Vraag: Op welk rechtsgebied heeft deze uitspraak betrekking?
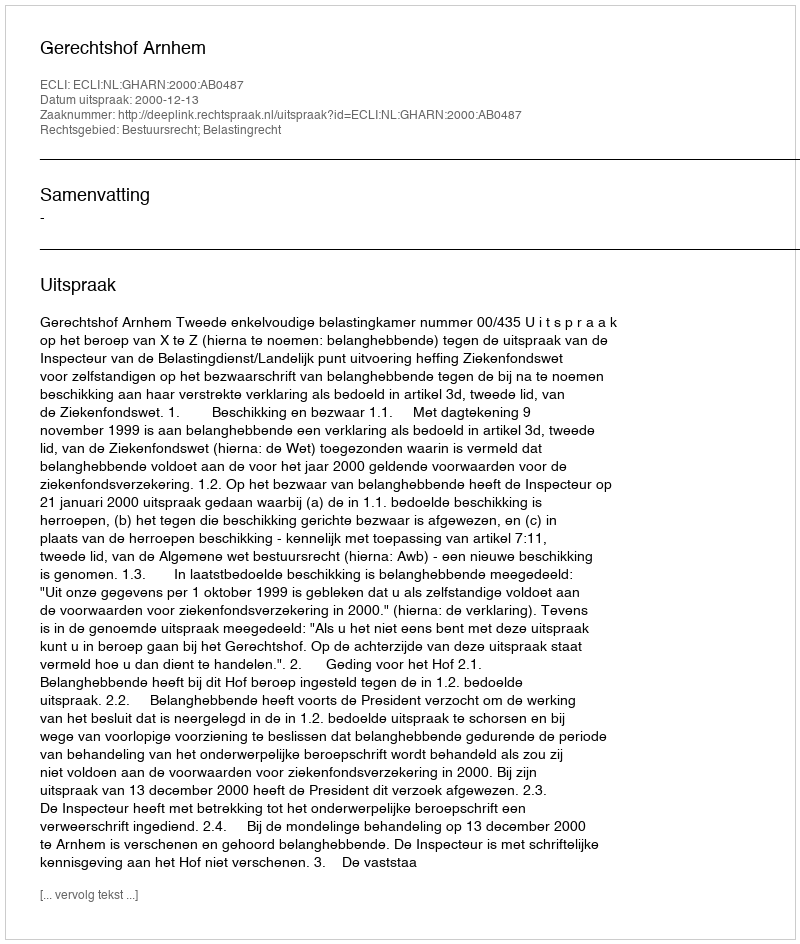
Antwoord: Bestuursrecht; Belastingrecht